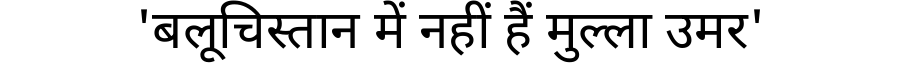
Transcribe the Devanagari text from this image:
'बलूचिस्तान में नहीं हैं मुल्ला उमर'